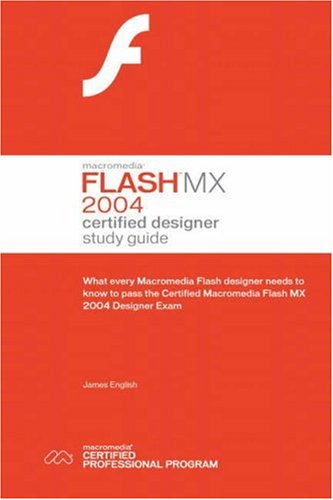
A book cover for Macromedia Flash MX 2004 Certified Designer Study Guide; James English; Computers & Technology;